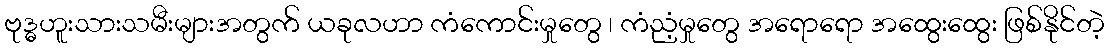
ဗုဒ္ဓဟူးသားသမီးများအတွက် ယခုလဟာ ကံကောင်းမှုတွေ ၊ ကံညံ့မှုတွေ အရောရော အထွေးထွေး ဖြစ်နိုင်တဲ့